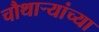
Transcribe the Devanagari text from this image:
चौथाऱ्यांच्या